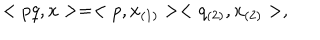
< p q , x > = < p , x _ { ( 1 ) } > < q _ { ( 2 ) } , x _ { ( 2 ) } > ,